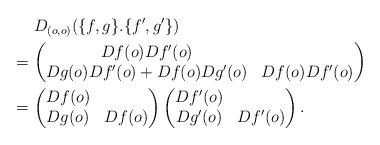
LaTeX: \begin{align*}&\hphantom{{}={}}D_{(o,o)}(\{f,g\}.\{f',g'\})\\*&=\begin{pmatrix}Df(o)Df'(o)\\Dg(o)Df'(o)+Df(o)Dg'(o) & Df(o)Df'(o)\end{pmatrix}\\*&=\begin{pmatrix}Df(o)\\Dg(o) & Df(o)\end{pmatrix}\begin{pmatrix}Df'(o)\\Dg'(o) & Df'(o)\end{pmatrix}.\end{align*}